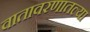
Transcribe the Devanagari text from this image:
वातावरणातल्या